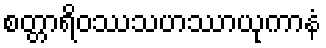
စတ္တာရိဝဿသဟဿာယုကာနံ